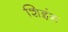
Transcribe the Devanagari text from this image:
शिइंग